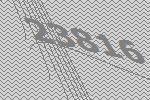
23816